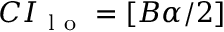
C I _ { \mathrm { ~ l ~ o ~ } } = [ B \alpha / 2 ]